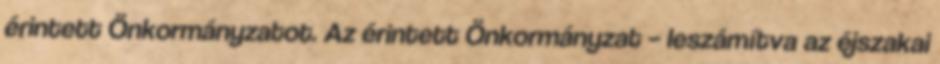
érintett Önkormányzatot. Az érintett Önkormányzat – leszámítva az éjszakai